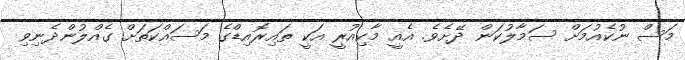
މަސް ނުކެއުމަށް ސަމާލުކަން ދޭށެވެ. އެއީ މާކިއުރީ އަކީ ތައިރޮއިޑްގެ މަސައްކަތަށް ގެއްލުންދެނިވި